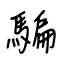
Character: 騙